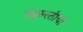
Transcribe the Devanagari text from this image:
तंदुरुस्तीची